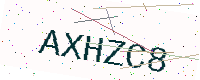
Text: AXHZC8